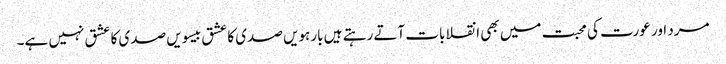
مرد اور عورت کی محبت میں بھی انقلابات آتے رہتے ہیں بارہویں صدی کا عشق بیسویں صدی کا عشق نہیں ہے۔